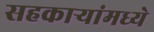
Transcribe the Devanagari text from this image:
सहकाऱ्यांमध्ये